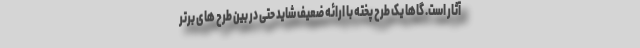
آثار است. گاها یک طرح پخته با ارائه ضعیف شاید حتی در بین طرح های برتر